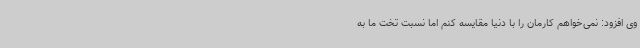
وی افزود: نمی‌خواهم کارمان را با دنیا مقایسه کنم اما نسبت تخت ما به